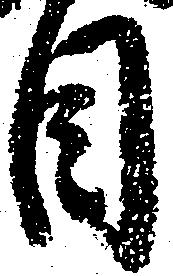
目